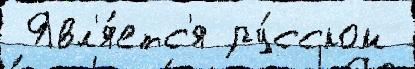
 Явл'я́етс'я ру́сском